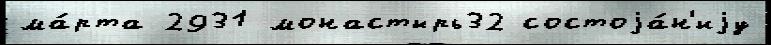
ма́рта 2931 монастырь32 состоjа́н'иjу